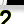
Digit: 2